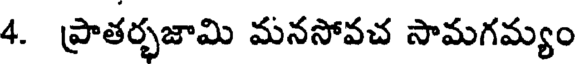
4. ప్రాతర్భజామి మనసోవచ సామగమ్యం